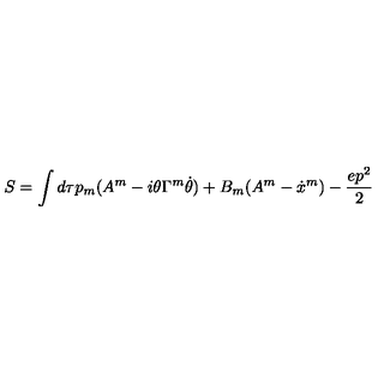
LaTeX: S = \int d \tau p _ { m } ( A ^ { m } - i \theta \Gamma ^ { m } \dot { \theta } ) + B _ { m } ( A ^ { m } - \dot { x } ^ { m } ) - \frac { e p ^ { 2 } } { 2 }